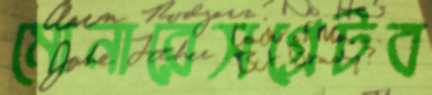
মোনারেসগ্রেটব